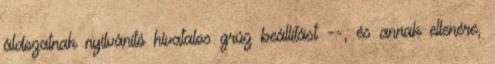
áldozatnak nyilvánító hivatalos grúz beállítást --, és annak ellenére,